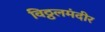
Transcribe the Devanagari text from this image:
विठ्ठलमंदीर